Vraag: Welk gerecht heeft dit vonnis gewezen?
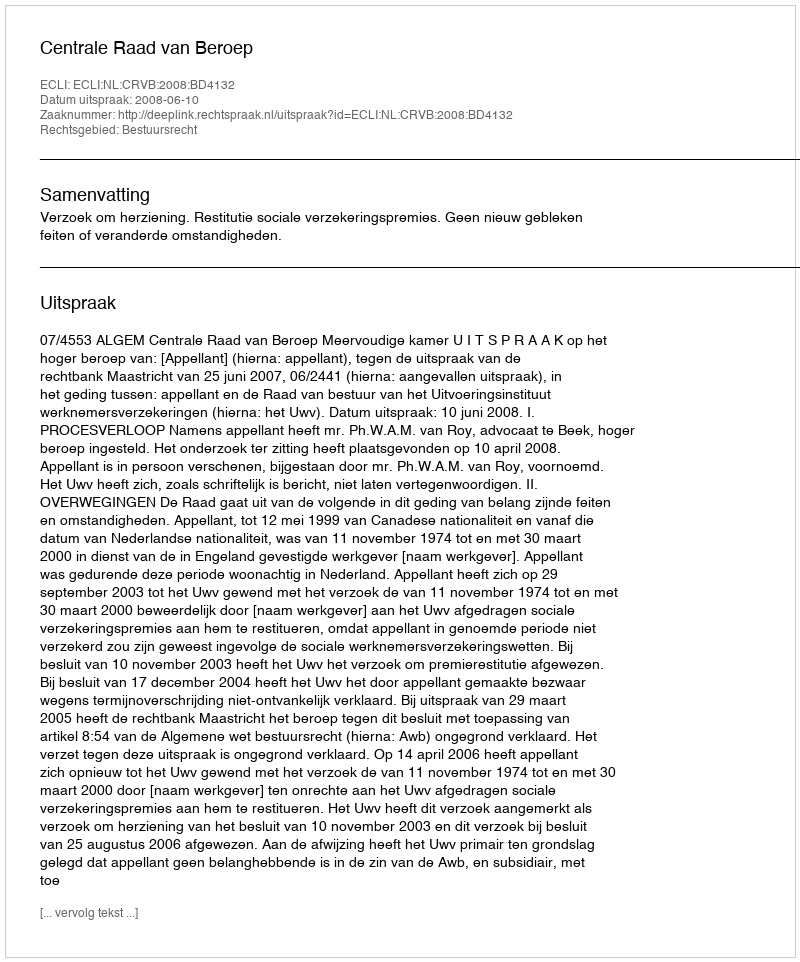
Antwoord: Centrale Raad van Beroep